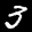
Label: 3